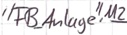
Text: "FB_Anlage".M2